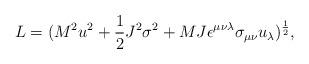
LaTeX: \begin{align*}L = (M^2 u^2 + {1\over 2}J^2 \sigma^2 + MJ\epsilon^{\mu\nu\lambda}\sigma_{\mu\nu}u_\lambda )^{1\over 2},\end{align*}